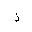
Letter: _thal